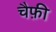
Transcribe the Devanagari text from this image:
चैफ़ी